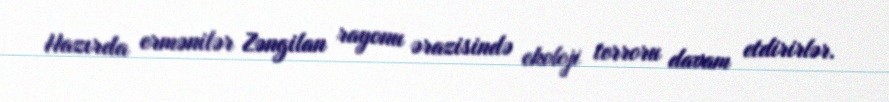
Hazırda ermənilər Zəngilan rayonu ərazisində ekoloji terroru davam etdirirlər.